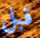
قبل